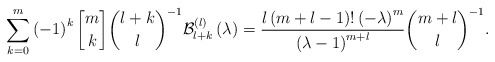
\begin{align*}\sum_{k=0}^{m}\left( -1\right) ^{k}\genfrac{[}{]}{0pt}{}{m}{k}\binom{l+k}{l}^{-1}\mathcal{B}_{l+k}^{\left( l\right) }\left(\lambda\right) =\frac{l\left( m+l-1\right) !\left( -\lambda\right) ^{m}}{\left( \lambda-1\right) ^{m+l}}\binom{m+l}{l}^{-1}.\end{align*}